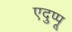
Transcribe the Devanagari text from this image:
एदुप्पू